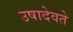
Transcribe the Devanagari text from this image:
उषादेवते